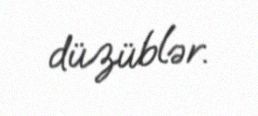
düzüblər.